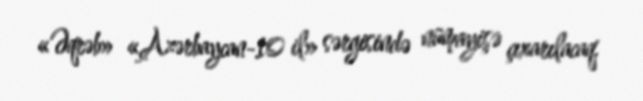
«Əqrəb» «Azərbaycan-10 il» sərgisində nümayişə çıxarılacaq.